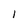
Character: 1